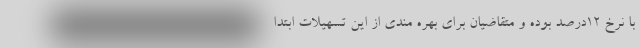
با نرخ ۱۲درصد بوده و متقاضیان برای بهره مندی از این تسهیلات ابتدا